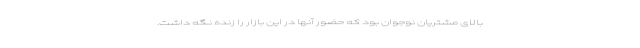
بالای مشتریان نوجوان بود که حضور آنها در این بازار را زنده نگه داشت.